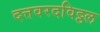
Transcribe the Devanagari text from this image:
दत्तवरदविठ्ठल